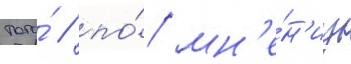
того́ / по́ мн'е́н'иу